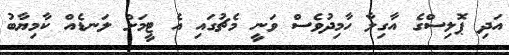
އަދި ޕޮލިސްގެ އާގިލާ ހާމިދުވެސް ވަނީ މެޗުގައި އެ ޓީމަށް ލަނޑެއް ކާމިޔާބު